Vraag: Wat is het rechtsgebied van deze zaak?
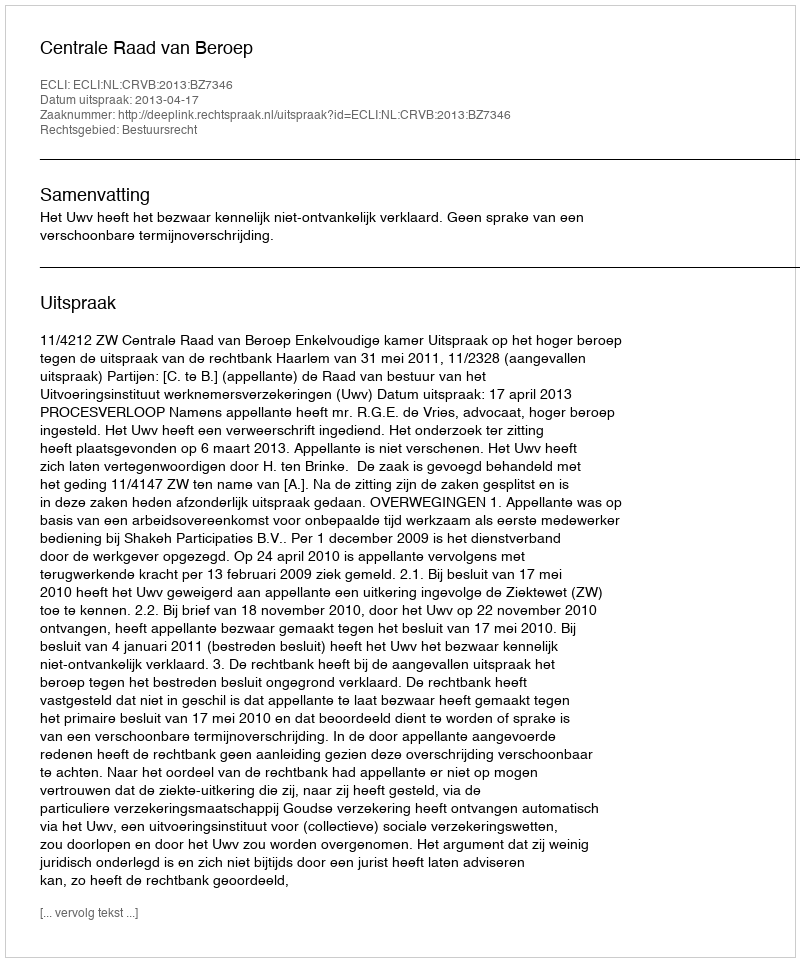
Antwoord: Bestuursrecht